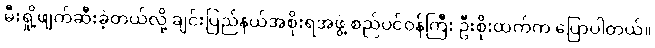
မီးရှို့ဖျက်ဆီးခဲ့တယ်လို့ ချင်းပြည်နယ်အစိုးရအဖွဲ့ စည်ပင်ဝန်ကြီး ဦးစိုးထက်က ပြောပါတယ်။